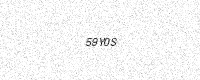
Text: 59Y0S